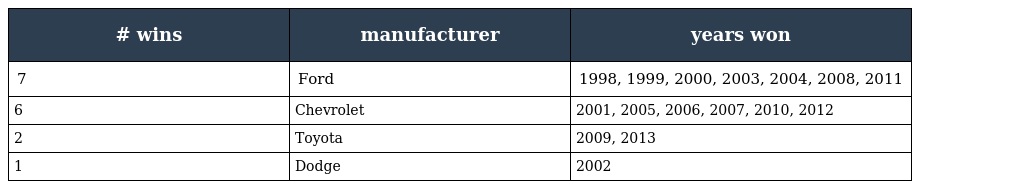
| # wins | manufacturer | years won |
 | --- | --- | --- |
 | 7 | Ford | 1998, 1999, 2000, 2003, 2004, 2008, 2011 |
 | 6 | Chevrolet | 2001, 2005, 2006, 2007, 2010, 2012 |
 | 2 | Toyota | 2009, 2013 |
 | 1 | Dodge | 2002 |